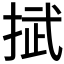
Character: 𢯞